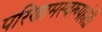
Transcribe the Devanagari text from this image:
परिणामस्वरूपहोती